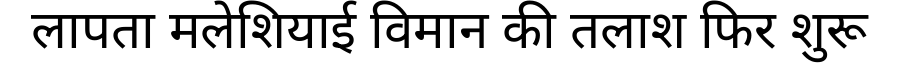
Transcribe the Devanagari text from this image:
लापता मलेशियाई विमान की तलाश फिर शुरू